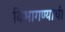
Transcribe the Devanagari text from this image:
विभागण्याची